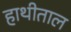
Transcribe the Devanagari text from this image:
हाथीताल